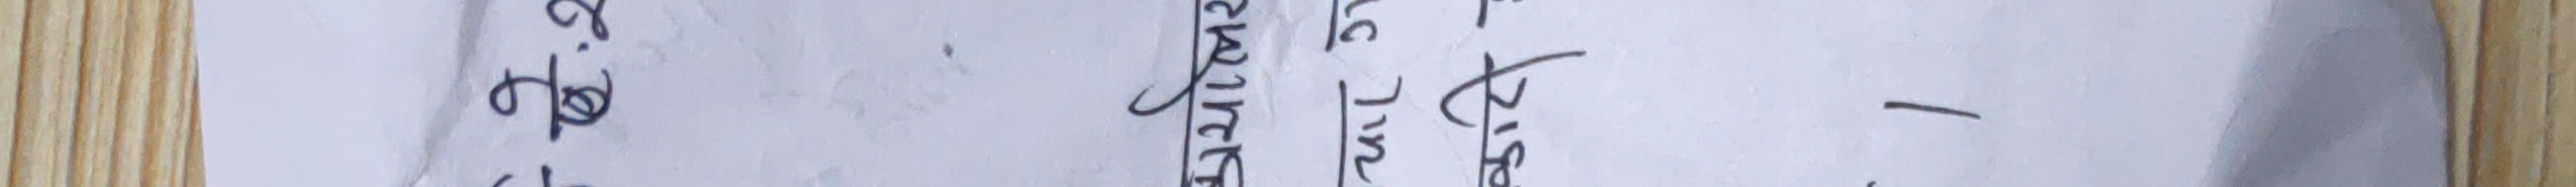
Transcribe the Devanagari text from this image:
१. दिमा
ख. सुन्दर
२. पिर